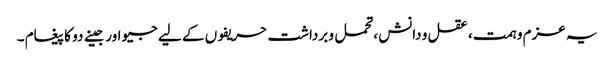
یہ عزم و ہمت ، عقل و دانش ،تحمل و برداشت حریفوں کے لیے جیو اور جینے دو کا پیغام ۔